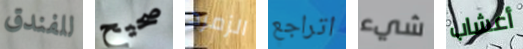
للفندق صحيح الزمرد اتراجع شيء أعشاب